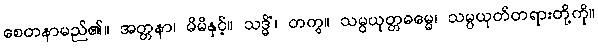
စေတနာမည်၏။ အတ္တနာ၊ မိမိနှင့်။ သဒ္ဓိံ၊ တကွ။ သမ္ပယုတ္တဓမ္မေ၊ သမ္ပယုတ်တရားတို့ကို။